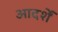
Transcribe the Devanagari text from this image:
आदर्शें